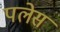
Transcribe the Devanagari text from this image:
पलेस